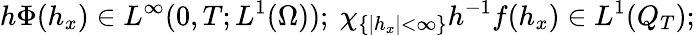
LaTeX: h\Phi(h_{x})\in L^{\infty}(0,T;L^{1}(\Omega));\ \chi_{\{ |h_{x}|<\infty\} }h^{-1}f(h_{x})\in L^{1}(Q_{T});